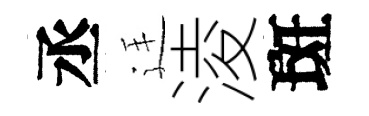
丞廷淩斑